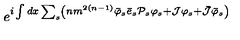
e ^ { i \int d x \sum _ { s } \left( n m ^ { 2 \left( n - 1 \right) } { \bar { \varphi } } _ { s } { \bar { e } } _ { s } { { \cal P } } _ { s } { \varphi } _ { s } + { \cal J } { \varphi } _ { s } + \bar { { \cal J } } { \bar { \varphi } } _ { s } \right) }